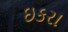
ઇકરા